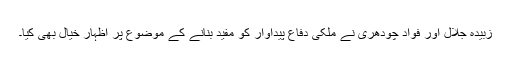
زبیدہ جلال اور فواد چودھری نے ملکی دفاع پیداوار کو مفید بنانے کے موضوع پر اظہار خیال بھی کیا۔